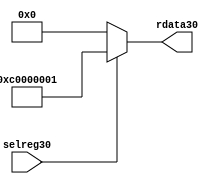
//File30 name   : smc_cfreg_lite30.v
//Title30       : 
//Created30     : 1999
//Description30 : Single30 instance of a config register
//Notes30       : 
//----------------------------------------------------------------------
//   Copyright30 1999-2010 Cadence30 Design30 Systems30, Inc30.
//   All Rights30 Reserved30 Worldwide30
//
//   Licensed30 under the Apache30 License30, Version30 2.0 (the
//   "License30"); you may not use this file except30 in
//   compliance30 with the License30.  You may obtain30 a copy of
//   the License30 at
//
//       http30://www30.apache30.org30/licenses30/LICENSE30-2.0
//
//   Unless30 required30 by applicable30 law30 or agreed30 to in
//   writing, software30 distributed30 under the License30 is
//   distributed30 on an "AS30 IS30" BASIS30, WITHOUT30 WARRANTIES30 OR30
//   CONDITIONS30 OF30 ANY30 KIND30, either30 express30 or implied30.  See
//   the License30 for the specific30 language30 governing30
//   permissions30 and limitations30 under the License30.
//----------------------------------------------------------------------



module smc_cfreg_lite30 (
  // inputs30
  selreg30,

  // outputs30
  rdata30
);


// Inputs30
input         selreg30;               // select30 the register for read/write access

// Outputs30
output [31:0] rdata30;                 // Read data

wire   [31:0] smc_config30;
wire   [31:0] rdata30;


assign rdata30 = ( selreg30 ) ? smc_config30 : 32'b0;
assign smc_config30 =  {1'b1,1'b1,8'h00, 2'b00, 2'b00, 2'b00, 2'b00,2'b00,2'b00,2'b00,8'h01};




endmodule // smc_cfreg30